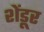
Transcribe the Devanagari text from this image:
शेंडूर